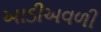
આડીઅવળી